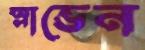
স্লাভেন